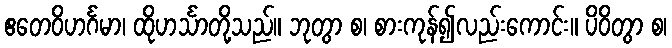
ဧတေဝိဟင်္ဂမာ၊ ထိုဟင်္သာတို့သည်။ ဘုတွာ စ၊ စားကုန်၍လည်းကောင်း။ ပိဝိတွာ စ၊